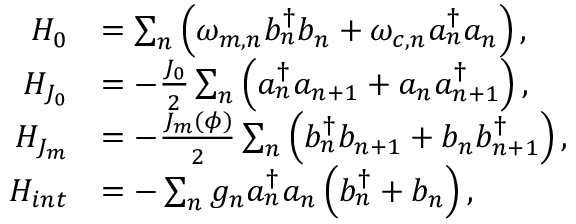
\begin{array} { r l } { H _ { 0 } } & { = \sum _ { n } \left( \omega _ { m , n } b _ { n } ^ { \dagger } b _ { n } + \omega _ { c , n } a _ { n } ^ { \dagger } a _ { n } \right) , } \\ { H _ { J _ { 0 } } } & { = - \frac { J _ { 0 } } { 2 } \sum _ { n } \left( a _ { n } ^ { \dagger } a _ { n + 1 } + a _ { n } a _ { n + 1 } ^ { \dagger } \right) , } \\ { H _ { J _ { m } } } & { = - \frac { J _ { m } ( \phi ) } { 2 } \sum _ { n } \left( b _ { n } ^ { \dagger } b _ { n + 1 } + b _ { n } b _ { n + 1 } ^ { \dagger } \right) , } \\ { H _ { i n t } } & { = - \sum _ { n } g _ { n } a _ { n } ^ { \dagger } a _ { n } \left( b _ { n } ^ { \dagger } + b _ { n } \right) , } \end{array}